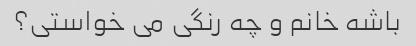
باشه خانم و چه رنگی می خواستی؟